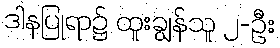
ဒါနပြုရာ၌ ထူးချွန်သူ ၂-ဦး